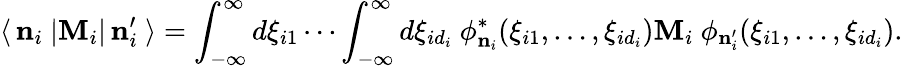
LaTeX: \langle\, {\mathbf n}_{i}\ |{\mathbf M}_{i}|\, {\mathbf n}_{i}^{\prime}\ \rangle=\int_{-\infty}^{\infty}d\xi_{i1}\cdots\int_{-\infty}^{\infty}d\xi_{id_{i}}\ \phi_{{\mathbf n}_{i}}^{*}(\xi_{i1},\ldots,\xi_{id_{i}}){\mathbf M}_{i}\ \phi_{{\mathbf n}_{i}^{\prime}}(\xi_{i1},\ldots,\xi_{id_{i}}).